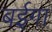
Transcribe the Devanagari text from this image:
बईगा